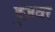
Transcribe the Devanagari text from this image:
हुज़वर